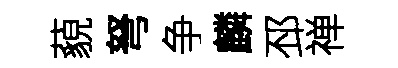
藐弩争麟邳禅